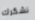
نشكرك